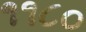
૧૧૮૦